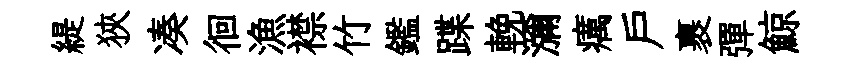
緹狹凑徊漁襟竹鑑蹀輓瀰癘户裹彈鯨